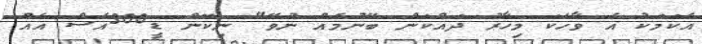
އެކަމަކު އެ ވާހަކަ މިހާރު ދައްކަން ބޭނުމެއް ނުވޭ" ނިކޮން ޑީ300އެސް އެއް